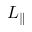
L _ { \parallel }